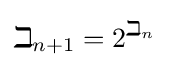
\beth _{n+1}=2^{\beth _{n}}